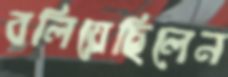
বলিয়েছিলেন